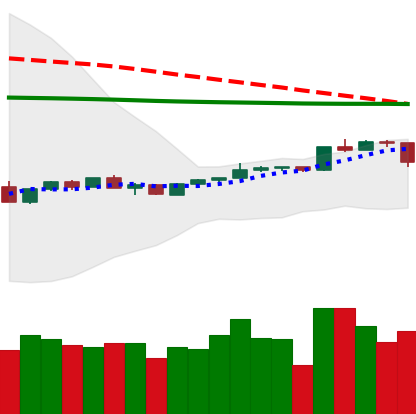
Ticker: ADA-USD
Chart end date: 2020-04-10
Forward return: -4.07%
Label: down_3_5